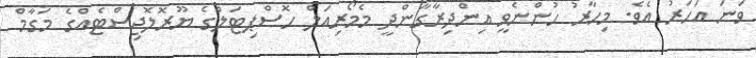
ވަނަ އަހަރު އެވެ. މިހާރު ހުންނެވީ އިންދިރާގާންދީ މެމޯރިއަލް ހޮސްޕިޓަލްގެ ޔޫރޮލޮޖިސްޓެއްގެ މަގާމް